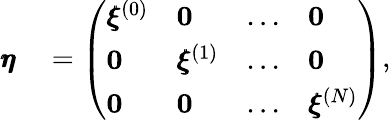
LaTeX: \begin{array}{rl}{\pmb{\eta}}&{{}=\left(\begin{array}{llll}{\pmb{\xi}^{(0)}}&{\mathbf{0}}&{...}&{\mathbf{0}}\\ {\mathbf{0}}&{\pmb{\xi}^{(1)}}&{...}&{\mathbf{0}}\\ {\mathbf{0}}&{\mathbf{0}}&{...}&{\pmb{\xi}^{(N)}}\end{array}\right),}\end{array}